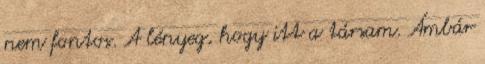
nem fontos. A lényeg, hogy itt a társam. Ámbár